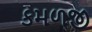
કમળજી